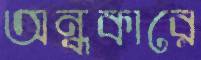
অন্ধকারে